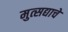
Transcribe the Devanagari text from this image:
मुत्सद्याचे